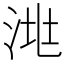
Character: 𣴧